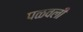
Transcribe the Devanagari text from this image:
पळवली